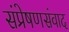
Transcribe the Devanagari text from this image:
संप्रेषणसंवाद